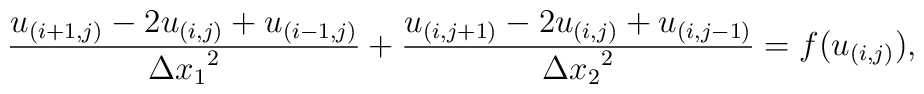
\frac{u_{(i+1,j)}-2u_{(i,j)}+u_{(i-1,j)}}{{\Delta x_1}^2}+\frac{u_{(i,j+1)}-2u_{(i,j)}+u_{(i,j-1)}}{{\Delta x_2}^2} =f(u_{(i,j)}),